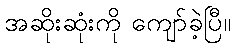
အဆိုးဆုံးကို ကျော်ခဲ့ပြီ။